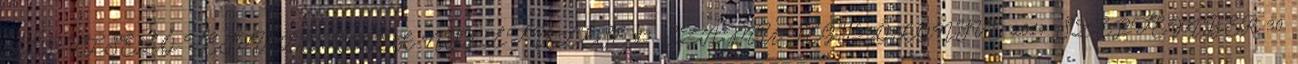
KÉPVISELŐ-TESTÜLETÉNEK NYÍLT ÜLÉSE 13. SZÁMÚ JEGYZŐKÖNYVE 2014. SZEPTEMBER 30.